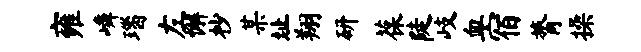
雍嶙瑙左懈杪某址翔研葆陡岐血宿膂操